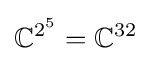
\mathbb {C} ^{2^{5}}=\mathbb {C} ^{32}